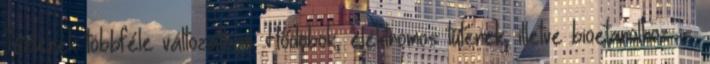
Tűzterek többféle változatban. Hődobok, elektromos tűterek, illetve bioetanolhoz is.